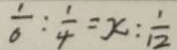
\frac { 1 } { 6 } : \frac { 1 } { 4 } = x : \frac { 1 } { 1 2 }